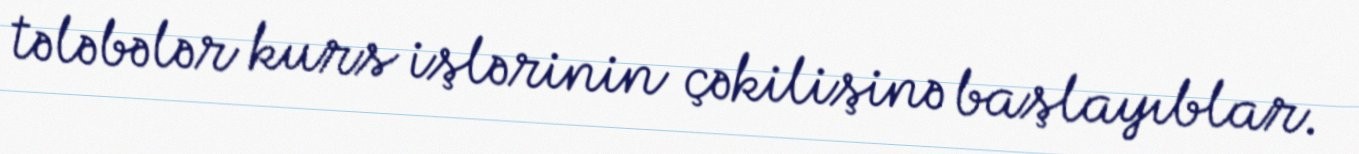
tələbələr kurs işlərinin çəkilişinə başlayıblar.